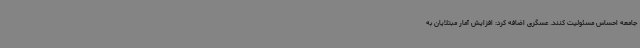
جامعه احساس مسئولیت کنند. عسگری اضافه کرد: افزایش آمار مبتلایان به